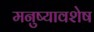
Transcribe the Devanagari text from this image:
मनुष्यावशेष